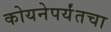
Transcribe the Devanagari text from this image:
कोयनेपर्यंतचा